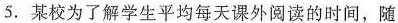
5.某校为了解学生平均每天课外阅读的时间，随